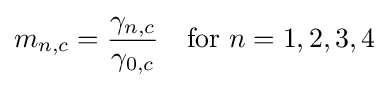
m_{n,c}={\frac {\gamma _{n,c}}{\gamma _{0,c}}}\quad {\text{for }}n=1,2,3,4